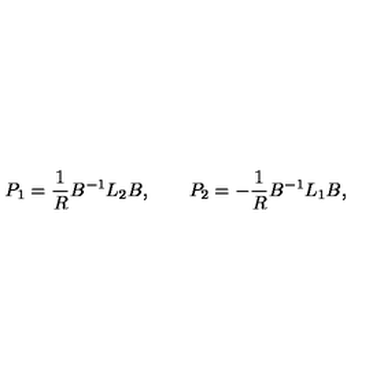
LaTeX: P _ { 1 } = { \frac { 1 } { R } } B ^ { - 1 } L _ { 2 } B , \qquad P _ { 2 } = - { \frac { 1 } { R } } B ^ { - 1 } L _ { 1 } B ,